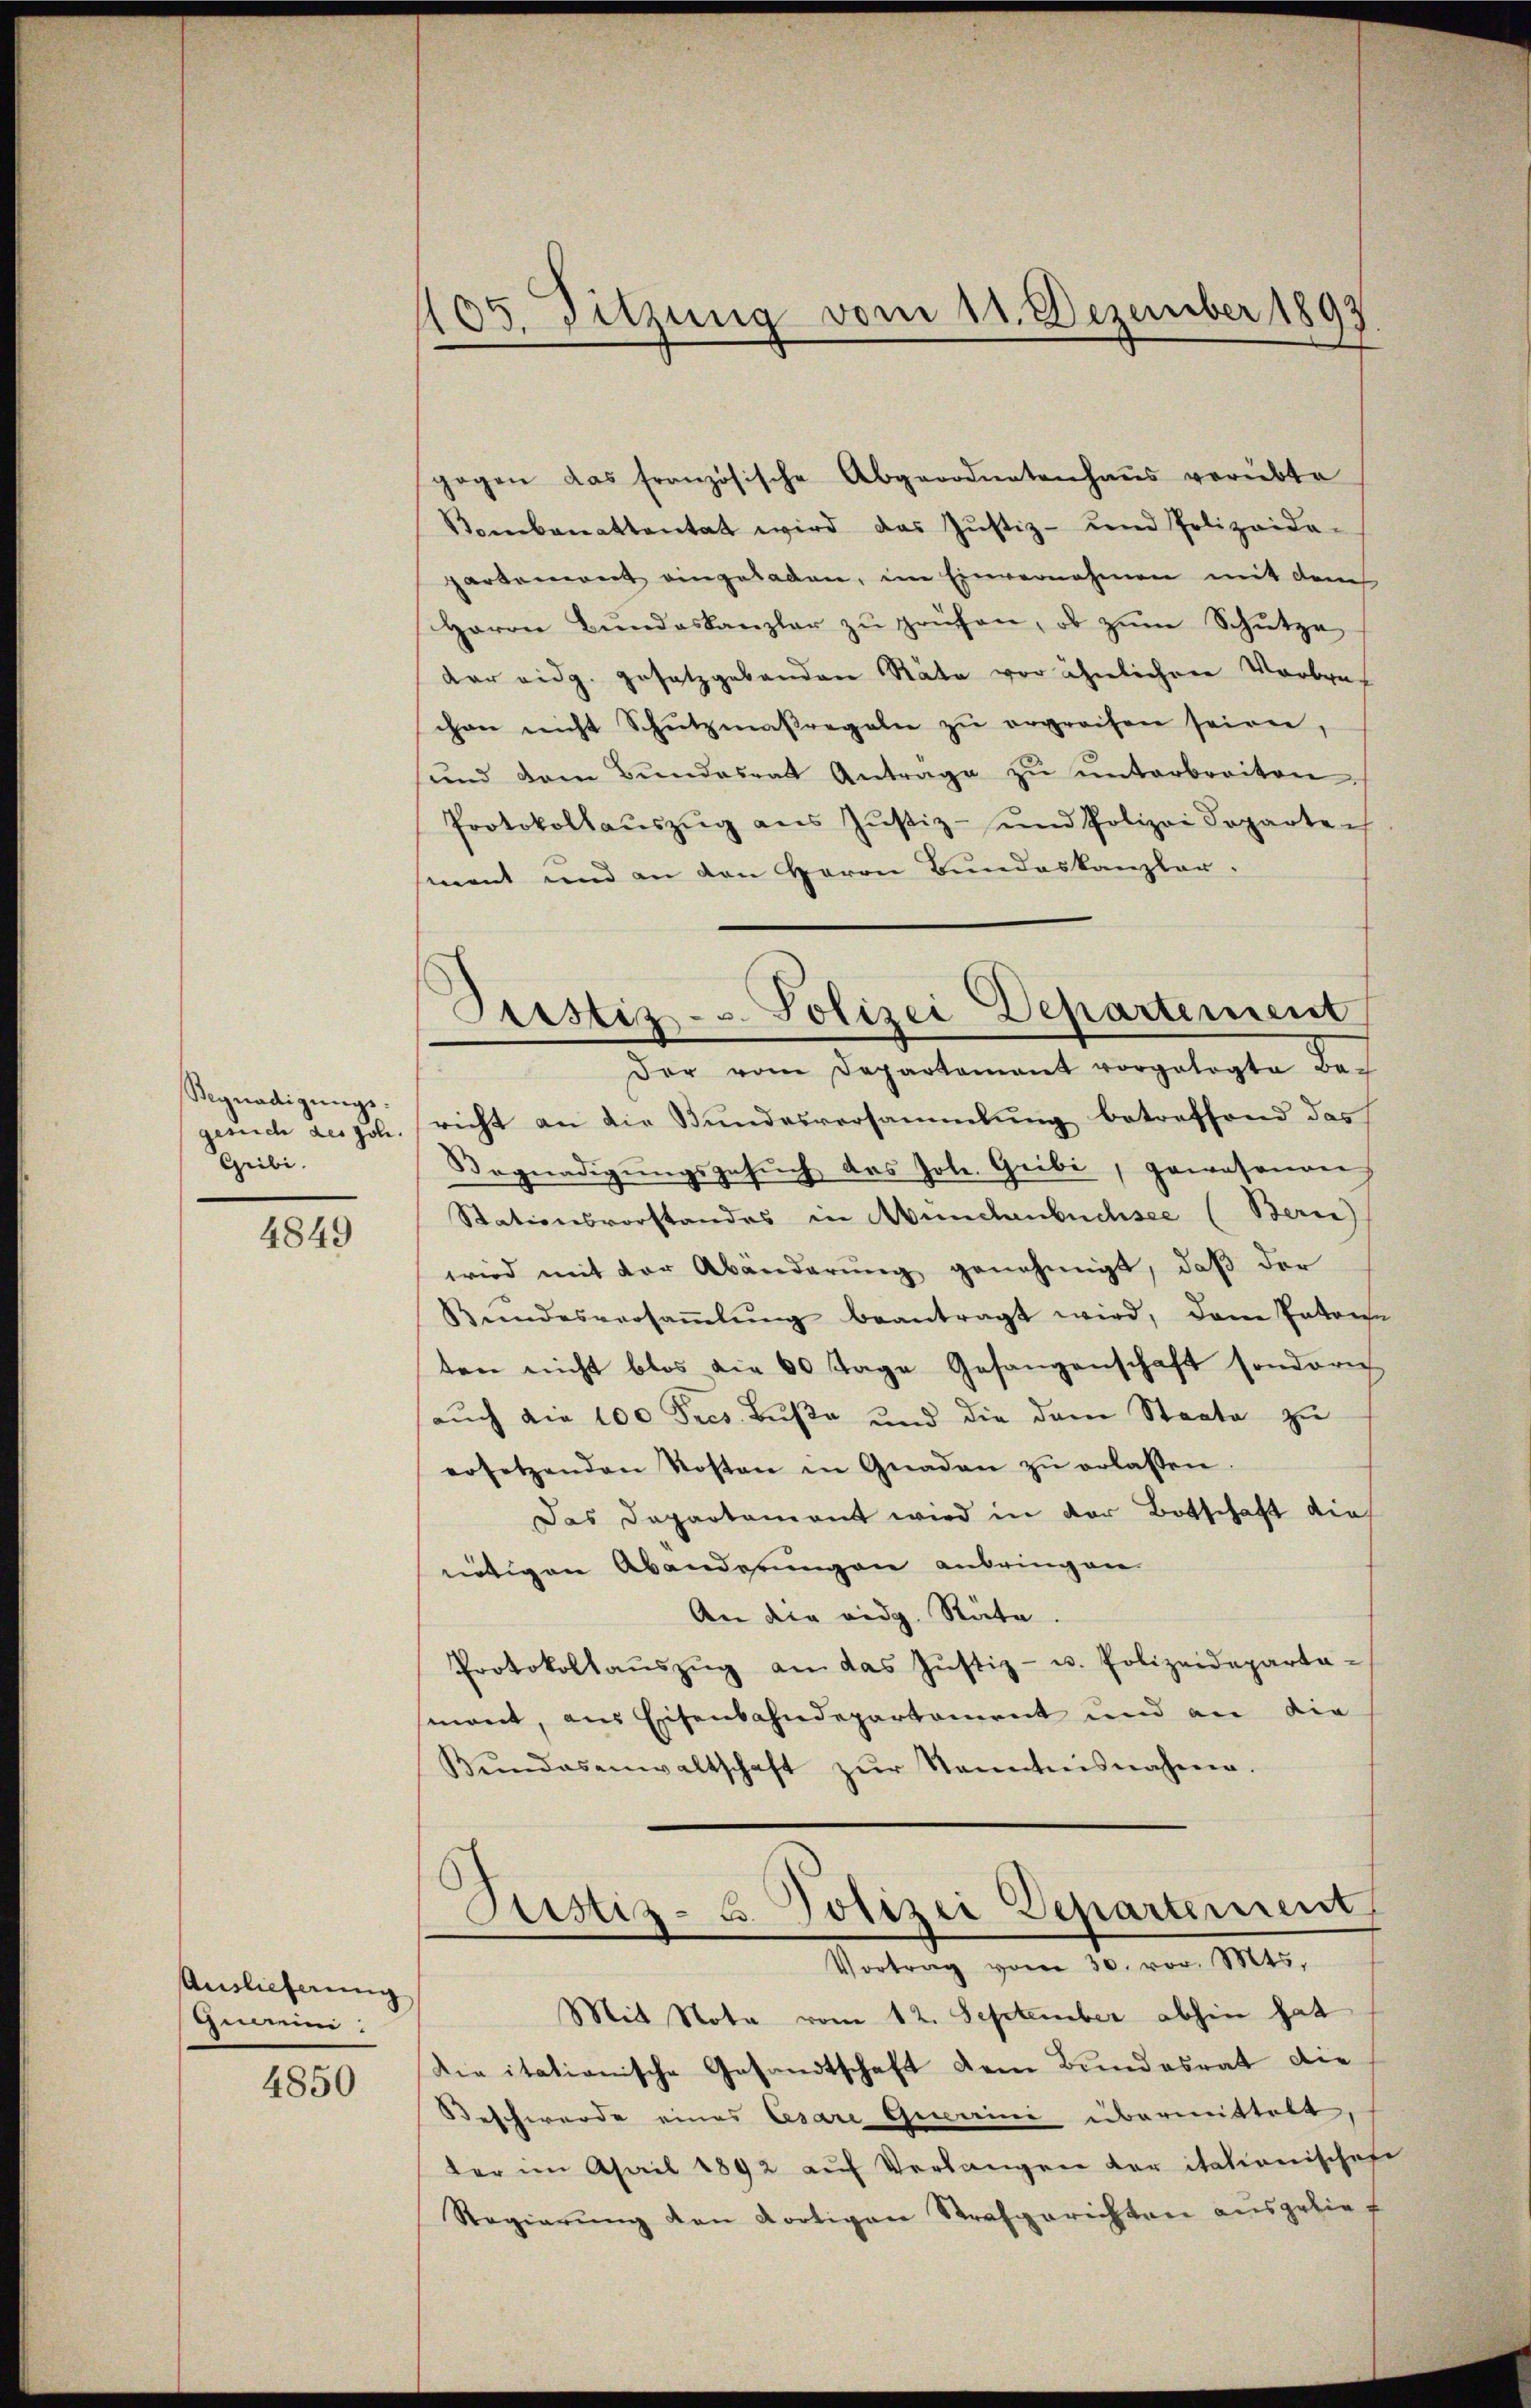
Segnadigŭngs-
Gribi.

4849

Auslieferung
Geeini

4850

05. Sitzung vom 11. Dezember 1893

gogen das französische Abgeordnetenhaŭs verübte
Bombanattentat wird das Jŭstiz- und Polizeida-
partement eingeladen, im Einvernehmen mit dem
Herrn Bŭndeskanzler zŭ prüfen, ob zŭm Schŭtze
dar eidg. gesetzgebenden Räte vor ähnlichen Verbrech
chen nicht Schŭtzmaßregeln zŭ ergreifen seinen,
ŭnd dem Bŭndesrat Antrage zŭ ŭnterbreiten.
Protokollaŭszŭg ans Jŭstiz- und Polizei doparten
ment und an den Herrn Bundeskanzler.
gesuch des Joh. richt an die Bundesversammlung betreffend das
Begnadigŭngsgesŭch das Joh. Geibi, gewesenen
Stationsvorstandes in Münchenbuchsee (Berne
wird mit der Abänderung genehmigt, daß der
Bŭndesversaṁlŭng beantragt wird, dem Patone
ten nicht blos die 60 Tage Gesangenschaft sondern
aŭch die 100 Fres Bŭβe und die dem Staate zŭ
ersetzenden Kosten in Gnaden zŭ erlassen.
Das Departement wird in der Botschaft dies
nötigen Abänderungen anbringen.
An die eidg. Räte.
Protokollaŭszŭg an das Jŭstiz- u. Polizeideparta-
mont, aus Eisenbahndepartament und an die
Kŭndesanwaltschaft zŭr Kenntnisnahme.

Sistiz- u. Polizei Departement
Der vom Departament vorgelegte Be-

Mit Nota vom 12. September abhin hat
Die itationische Gesandtschaft dem Bundesrat die
Beschwerde eines Cesare Gewaini übermittelt
der im April 1892 aŭf Verlangen der itationischehe
Regierŭng den Kortigen Strafgerichten ausgelief

Justiz- B. Polizei Departement
Vortrag vom 30. vor. Mts.